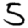
Digit: 5